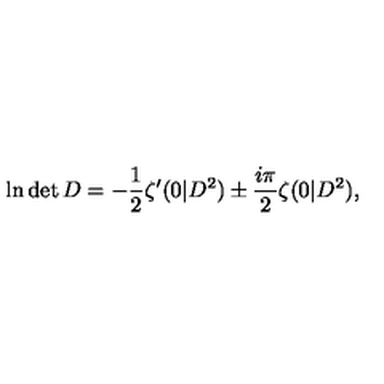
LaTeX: \ln \det D = - \frac { 1 } { 2 } \zeta ^ { \prime } ( 0 | D ^ { 2 } ) \pm \frac { i \pi } { 2 } \zeta ( 0 | D ^ { 2 } ) ,